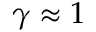
\gamma \approx 1